342_HS1-416511228_319.1 Flying Discs 1949
Agency: Department of War
Incident date: 1/9/50
Page 82
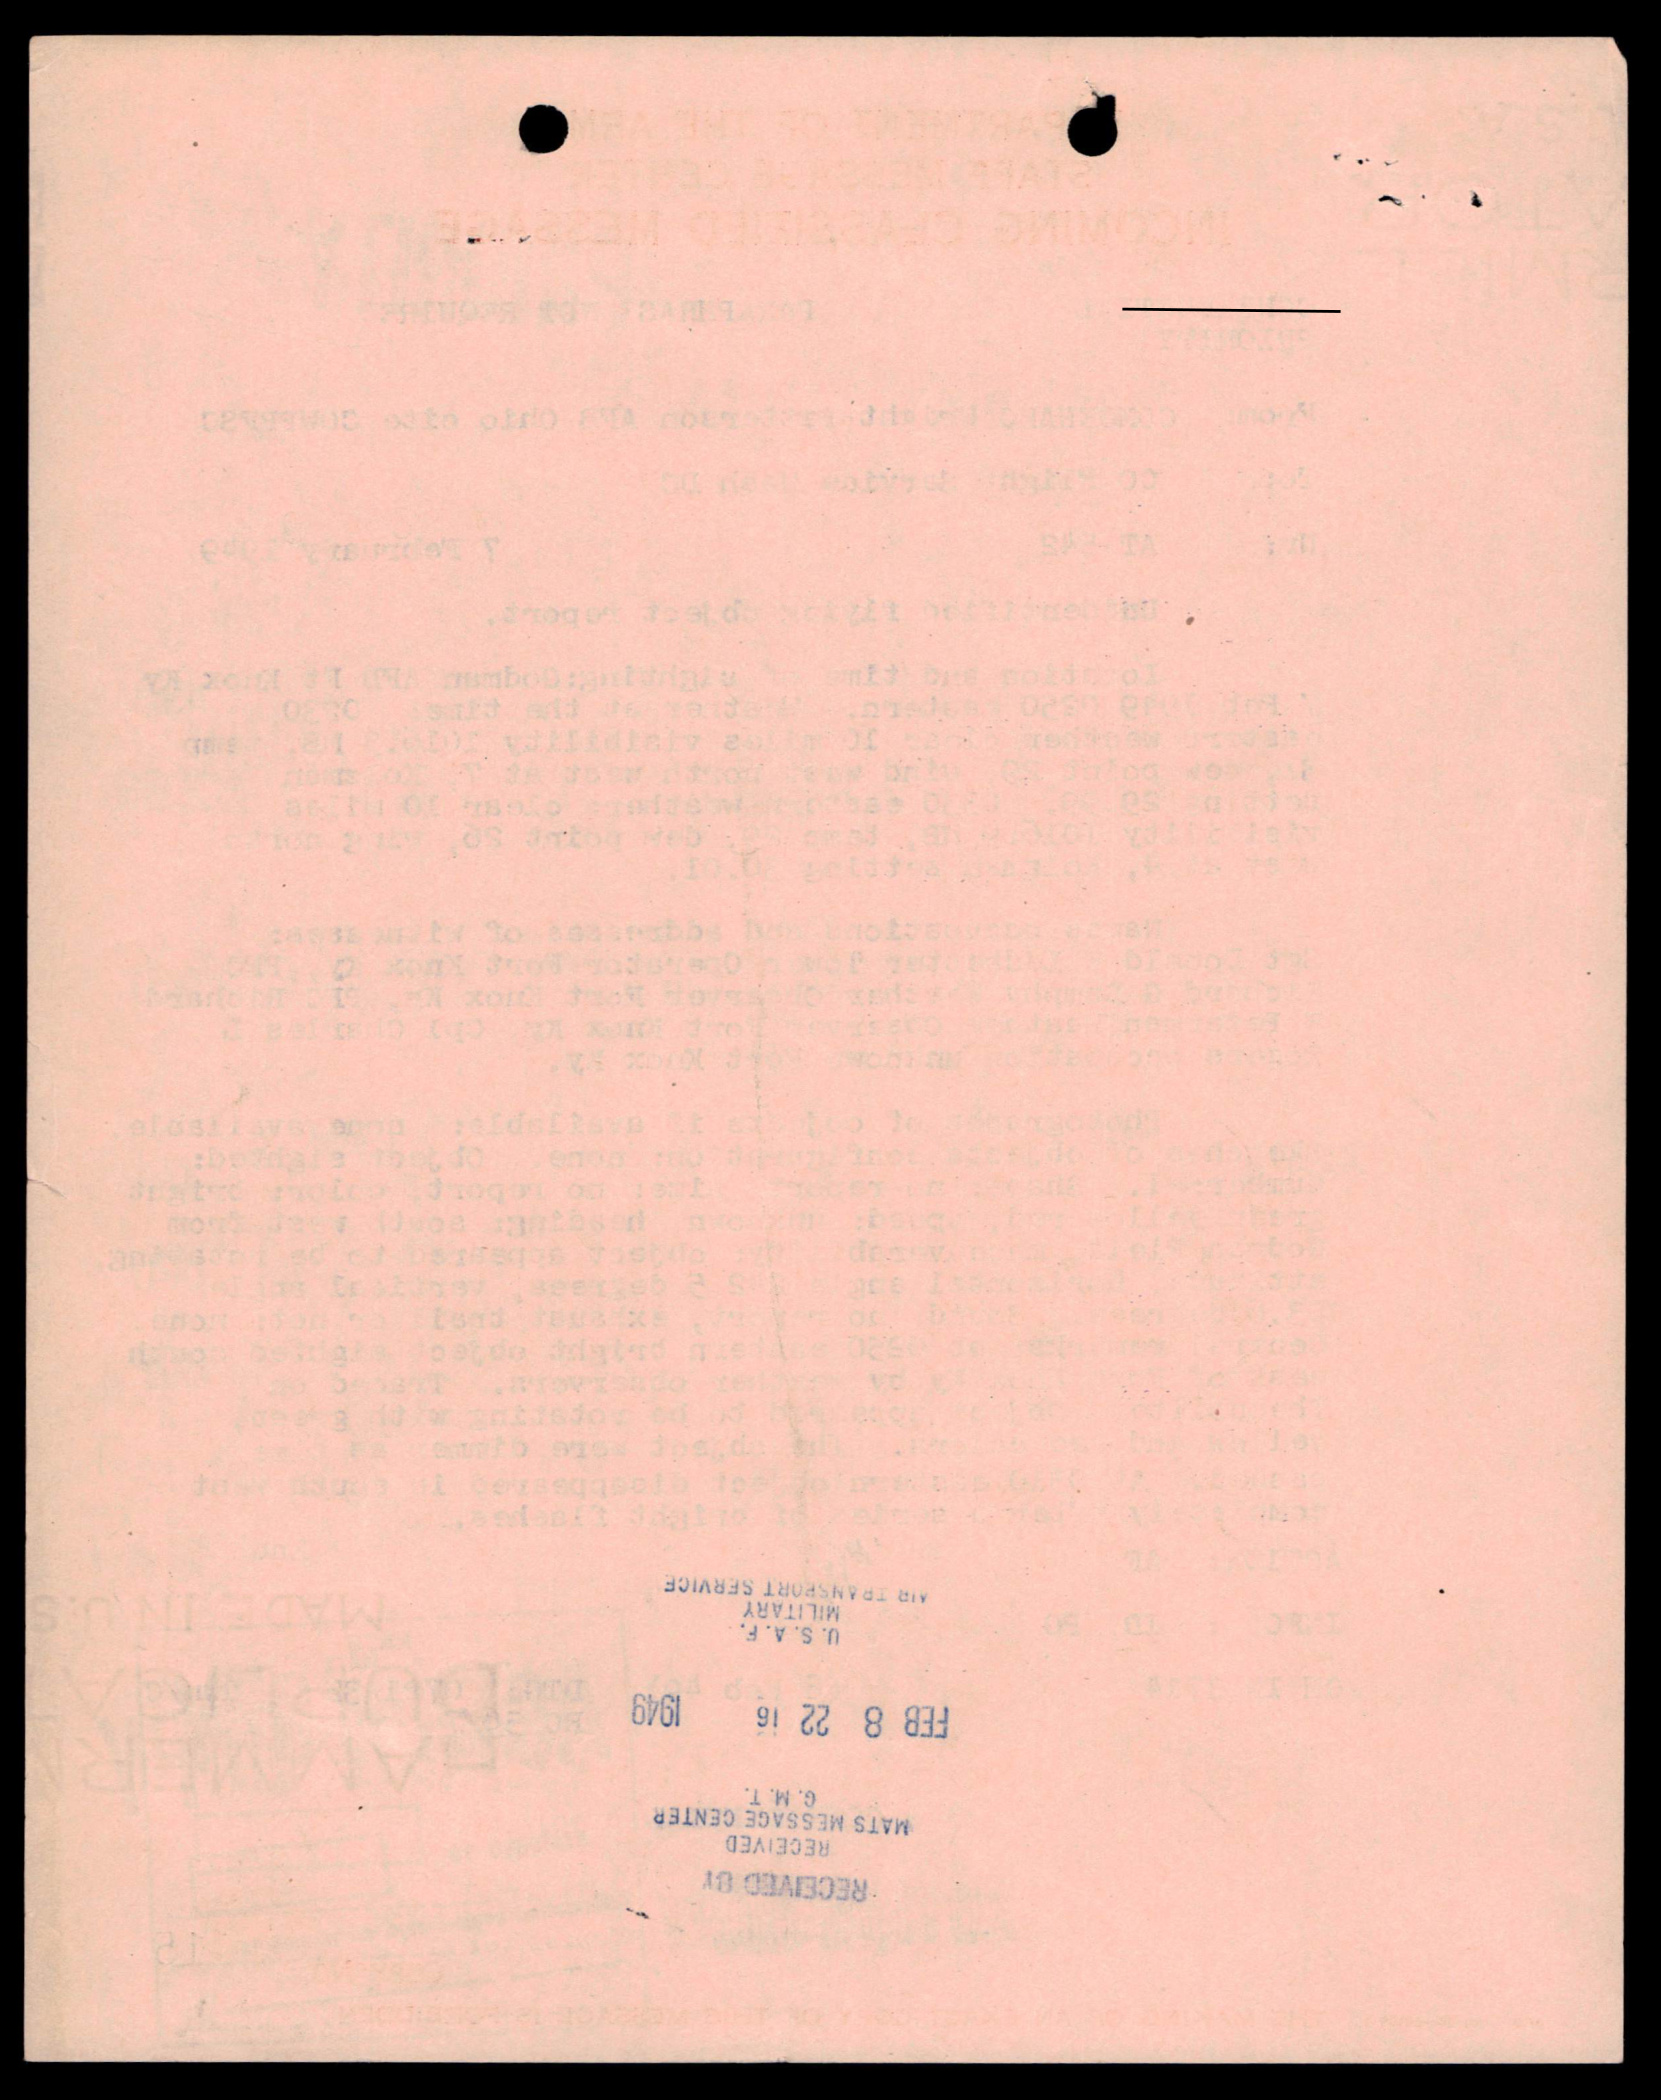